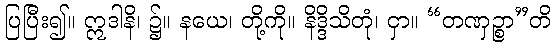
ပြပြီး၍။ ဣဒါနိ၊ ၌။ နယေ၊ တို့ကို။ နိဒ္ဒိသိတုံ၊ ငှာ။ “တဏှဉ္စာ”တိ